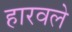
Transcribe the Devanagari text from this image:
हारवले